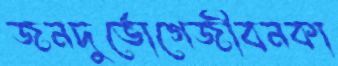
জনদুর্ভোগেজীবনকা